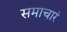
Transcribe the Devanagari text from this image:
समाचारं